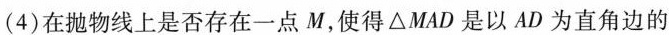
(4)在抛物线上是否存在一点M，使得\triangle MAD是以AD为直角边的